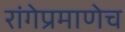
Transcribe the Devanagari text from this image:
रांगेप्रमाणेच